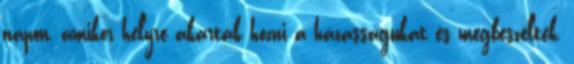
napon, amikor helyre akarták hozni a házasságukat és megbeszélték,